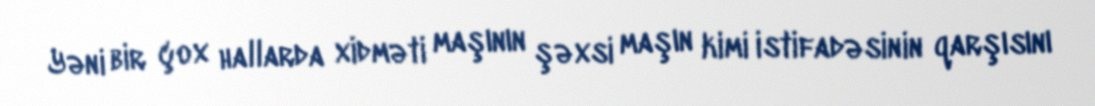
Yəni bir çox hallarda xidməti maşının şəxsi maşın kimi istifadəsinin qarşısını